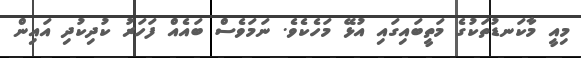
މިއީ މާކަނޑުތަކުގެ މަތީބައިގައި އުޅޭ މަހެކެވެ. ނަމަވެސް ބައެއް ފަހަރު ކުދިކުދި އައިން